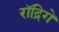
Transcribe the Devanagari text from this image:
रॉद्रिगे